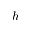
h